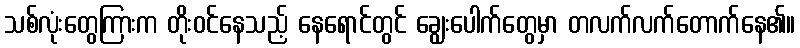
သစ်လုံးတွေကြားက တိုးဝင်နေသည့် နေရောင်တွင် ချွေးပေါက်တွေမှာ တလက်လက်တောက်နေ၏။